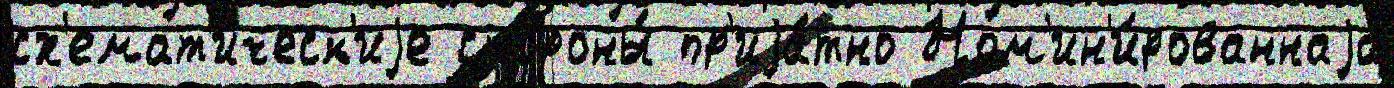
сх'емат'ическ'иjе стороны́ пр'иjа́тно Ном'ин'и́рованнаjа